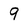
Character: 9